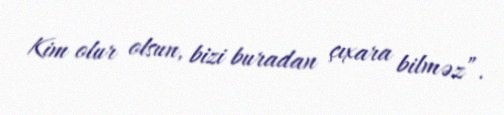
Kim olur olsun, bizi buradan çıxara bilməz”.